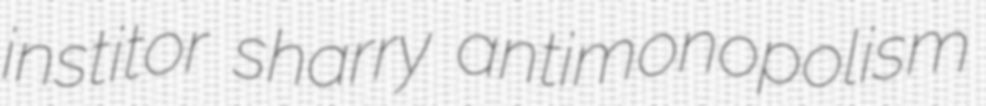
institor sharry antimonopolism